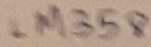
Text: LM358